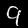
Label: 9